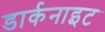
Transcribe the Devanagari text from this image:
डार्कनाइट